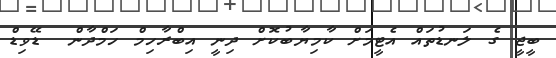
ބީޖީ ގެ ލަނޑުތައް އެޓީމަށް ކާމިޔާބުކޮށް ދިނީ އިބްރާހިމް ހަމްދާން  ޑޭވިޑް